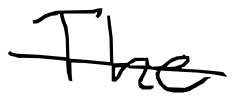
Text: The
Cross-out: single-line
Writing tool: digital_black